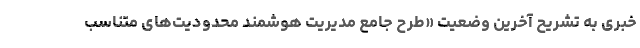
خبری به تشریح آخرین وضعیت «طرح جامع مدیریت هوشمند محدودیت‌های متناسب